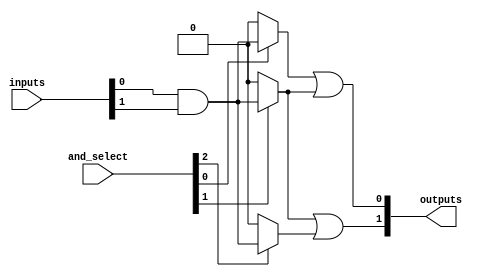
module PAL #(
    parameter N = 4, // Number of inputs
    parameter M = 2, // Number of outputs
    parameter K = 3  // Number of AND gates
)(
    input  wire [N-1:0] inputs, // Input vector
    input  wire [K-1:0] and_select, // Select signals for AND gates
    output wire [M-1:0] outputs // Output vector
);

// Internal wires for AND gate outputs
wire [K-1:0] and_outputs;

// Programmable AND array
generate
    genvar i;
    for (i = 0; i < K; i = i + 1) begin : and_gate
        // Example of a programmable AND gate
        assign and_outputs[i] = (and_select[i] == 1'b1) ? 
                                 (inputs[0] & inputs[1]) : 1'b0; // Example connection
        // Add more logic to connect other inputs as needed
    end
endgenerate

// Fixed OR array
assign outputs[0] = and_outputs[0] | and_outputs[1]; // Example OR gate
assign outputs[1] = and_outputs[1] | and_outputs[2]; // Example OR gate

endmodule